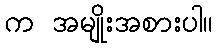
က အမျိုးအစားပါ။